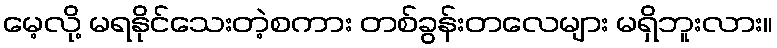
မေ့လို့ မရနိုင်သေးတဲ့စကား တစ်ခွန်းတလေများ မရှိဘူးလား။